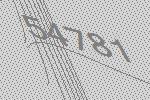
54781